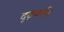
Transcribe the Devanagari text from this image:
दृढ़वर्मन